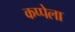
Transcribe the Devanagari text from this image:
कप्पेला